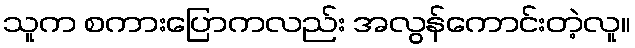
သူက စကားပြောကလည်း အလွန်ကောင်းတဲ့လူ။